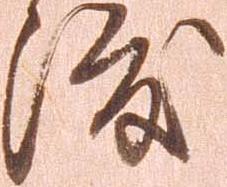
渡